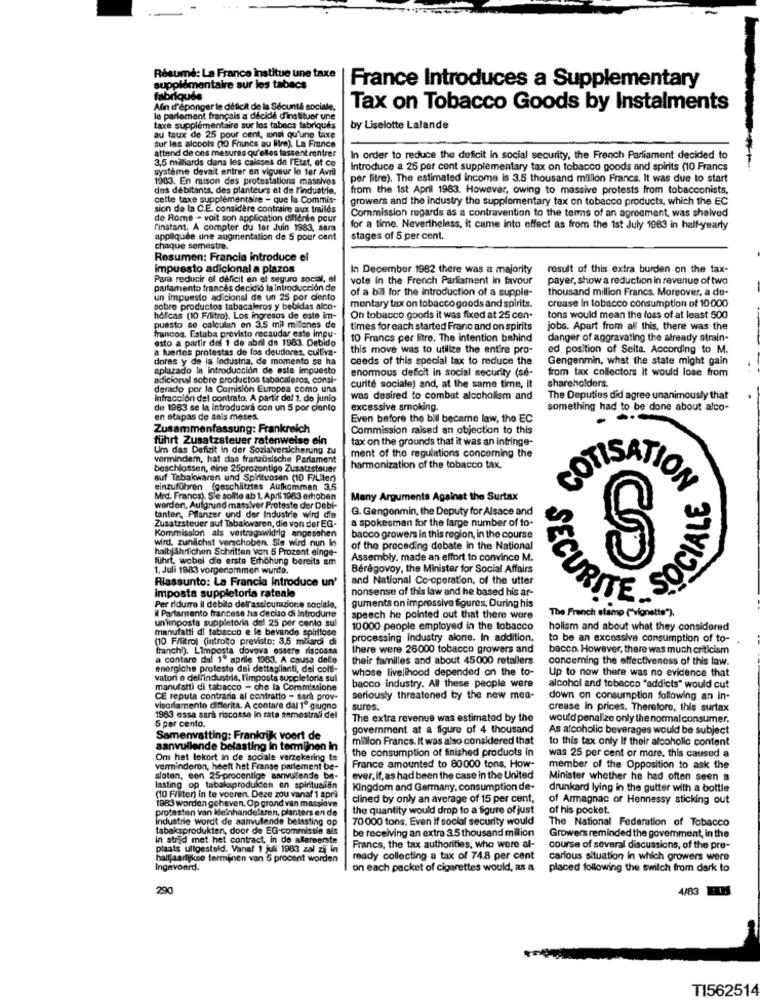
Résumé: La France institue une taxe
supplémentaire sur les tabacs
France Introduces a Supplementary
fabriqués
Afin d'éponger le difficit de la Sécurité sociale.
Tax on Tobacco Goods by Instalments
le parlement français a décidé d'instituer une
taxe supplémentaire sur los tabecs fabriqués
by Liselotte Lalande
au taux de 25 pour cent, ainsi qu'une taxe
sur les alcools (10 Francs au litre). La France
attend de ces mesures qu'elles fassent rentrer
3,5 miliards dans les caisses de l'Etat, et ce
In order to reduce the deficit in social security, the French Parliament decided to
système devait entrer en vigueur le ter Avril
Introduce a 25 per cent supplementary tax on tobacco goods and spirits (10 Francs
1983. En maison des protestations masalves
per litre). The estimated income is 3.5 thousand million Francs. It was due to start
des debitants, des planteurs et de l'industrie.
from the 1st April 1983. However, owing to massive protests from tobacconists,
cette taxe supplémentaire - que la Commis-
growers and the industry the supplementary tax on tobacco products, which the EC
sion de la C.E. considère contraire aux trailés
Commission regards as a contravention to the terms of an agreement, was shelved
de Rome - voit son application différée pour
l'instant. A compter du 1er Juin 1983, sara
for a time. Nevertheless, it came into effect as from the 1st July 1983 in half-yearly
appliquée une augmentation de 5 pour cent
stages of 5 per cent.
chaque semestre
Resumen: Francia introduce el
impuesto adicional a plazos
In December 1982 there was a majority
result of this extra burden on the tax-
Para reducir el déficit en el seguro social, el
vote in the French Parliament in favour
payer, show a reduction in revenue of two
parlamento francés decidió la Introducción de
of a bil for the introduction of a supple-
thousand million Francs. Moreover, a de-
un impuesto adicional de un 25 por ciento
mentary tax on tobaccogoods and spirits.
sobre productos tabacaleros y bebidas alco-
crease In tobacco consumption of 10:000
hocas (10 F/litro). Los ingresos de este im-
On tobacco goods it was fixed at 25 cen-
tons would mean the loss of at least 500
francos. Estaba previsto recaudar este imou-
puesto se calculan on 3,5 mil milones de
times for each started Franc and on spirits
jobs. Apart from all this, there was the
esto a partir del 1 de abril de 1983. Debido
10 Francs per litre. The intention behind
danger of aggravating the already strain-
a fuertes protestas de los deudores, cultiva-
this move was to utilize the entire pro-
ed position of Selta. According to M.
dores y de la industria, de momento se ha
ceeds of this special lax to reduce the
Gengenmin, what the state might gain
aplazado la introducción de este impuesto
enormous deficit in social security (se-
adicional sobre productos tabacaleros, consi-
from tax collectors it would lose from
shareholders.
derado por la Comisión Europea como una
curité sociale) and, at the same time, It
infracción del contrato, A partir del 1. de junio
was desired to combat alcoholism and
The Deputies did agree unanimously that
de 1983 se la introducira con un 5 por ciento
excessive smoking.
something had to be done about afco-
en stapas de seis meses.
Even before the bill became law, the EC
Zusammenfassung: Frankreich
Commission raised an objection to this
führt Zusatzsteuer ratenweise ein
tax on the grounds that it was an infringe-
Um das Defizit in der Sozialversicherung zu
verminder, hat das französische Parlament
ment of the regulations concerning the
beschlossen, eine 25prozentige Zusatzsteuer
harmonization of the tobacco tax.
auf Tabakwaren und Spirituosen (10 F/Liter)
COTIS
einzuführen (geschätztes Aufkommen 3,5
STION
Mrd. Francs). Sie sollie ab 1. April 1983 erhoben
Many Arguments Against the Surtax
worden. Aufgrund massiver Proteste der Debi-
G. Gengenmin, the Deputy for Alsace and
tanten, Pilanzer und der Industrie wird die
Zusatzsteuer auf Tabakwaren, die von der EG-
a spokesman for the large number of to.
Kommission als vertragswidrig angesehen
wird, zunächst verschoben. Sle wird nun In
bacco growers in this region, in the course
OCIALE
halbjährlichen Schritten von 5 Prozent einge-
of the preceding debate in the National
führt, wobei die erste Erhöhung bereits am
Assembly, made an effort to convince M.
S
1. Juli 1983 vorgenommen wurde.
Bérégovoy, the Minister for Social Affairs
Riassunto: La Francia introduce un'
and National Co-operation, of the utter
imposta suppletoria rateale
nonsense of this law and he based his ar-
guments on impressive figures. During his
Per ridurre il debito dell'assicurazione sociale,
il Parlamento francese ha deciso di introdurre
The French stamp ("vignette").
SECURITE
un'imposta suppletoria del 25 per cento sul
speech he pointed out that there were
manufatti di tabacco e le bevande spiritose
10 000 people employed in the tobacco
holism and about what they considered
(10 FAlitrol (introlto previsto: 3,5 miliardi di
processing Industry alone. In addition.
to be an excessive consumption of to-
franchi). L'imposta doveva essere riscossa
there were 26000 tobacco growers and
bacco. However, there was much criticism
a contare dal 1º aprile 1983. A causa delo
their familles and about 45000 retailers
concerning the effectiveness of this law.
energiche proteste dei dettaglianti, del colt-
whose livelihood depended on the to-
Up to now there was no evidence that
vatori e dell'industria, l'imposta suppletoria sui
bacco industry. All these people were
manufatti di tabacco - che la Commissione
alcohol and tobacco "addicts" would cut
CE reputa contraria al contratto - sarà prov-
seriously threatened by the new mea-
down on consumption following an in-
visoriamente differita. A contare dal 1º giugno
sures.
crease in prices. Therefore, this surtax
1983 essa sarà riscosso in rate semestrali del
The extra revenue was estimated by the
would penalize only the normalconsumer.
5 per cento.
government at a figure of 4 thousand
As alcoholic beverages would be subject
Samenvatting: Frankrijk voert de
milion Francs. It was also considered that
to this tax only If their alcoholic content
aanvullende belasting in termijnen in
the consumption of finished products in
Om het lekort in de sociale verzekering te
was 25 per cent or more. this caused a
verminderen, heeft het Franse parlement be-
France amounted to 80000 tons. How-
member of the Opposition to ask the
sloten, con 25-procentige aanvulende be-
ever, if, as had been the case in the United
Minister whether he had often seen a
lasting op tabaksprodulden en spiritualen
Kingdom and Germany, consumption de-
drunkard lying in the gutter with a bottle
(10 Friter) in te voeren. Deze zou vanaf 1 april
1983 worden geheven. Op grond van massieve
clined by only an average of 15 per cent,
of Armagnac or Hennessy sticking out
protesten van kleinhand
n. planters en de
the quantity would drop to a figure of just
of his pocket.
70 000 tons. Even If social security would
The National Federation of Tobacco
Industrie wordt de aanvullende belasting op
tabaksprodukten, door de EG-commissie als
be receiving an extra 3.5 thousand million
Growers reminded the goverment, in the
in strijd met het contract, in de allereerste
plaats ullgesteld. Vanaf 1 juli 1983 zal zij in
Francs, the tax authorities, who were al-
course of several discussions, of the pre-
halfjaartykse terminen van 5 procent worden
ready collecting a tax of 74.8 per cent
carious situation in which growers were
Ingevoerd.
on each packet of cigarettes would, as a
placed following the switch from dark to
290
4/83
TI562514